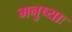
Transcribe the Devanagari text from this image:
मनुष्याः